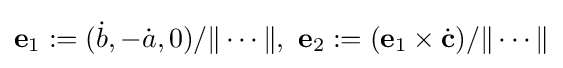
{\mathbf {e} }_{1}:=({\dot {b}},-{\dot {a}},0)/\|\cdots \|,\ {\mathbf {e} }_{2}:=({\mathbf {e} }_{1}\times {\dot {\mathbf {c} }})/\|\cdots \|